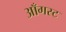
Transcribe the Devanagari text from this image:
आँगस्ट